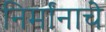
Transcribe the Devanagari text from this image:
निर्मांनाचे